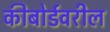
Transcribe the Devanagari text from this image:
कीबोर्डवरील